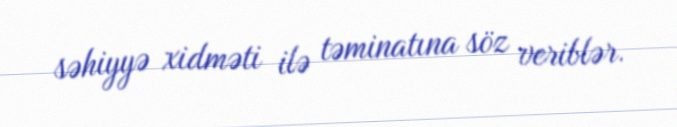
səhiyyə xidməti ilə təminatına söz veriblər.